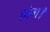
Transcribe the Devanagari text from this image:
होग।